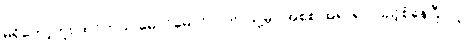
မရှိတော့ဘူး ထင်တယ် မောင်မောင်လတ်၊ သူ့မှာ အစစ အရာရာ ပြည့်စုံနေပြီ၊ သူ